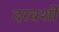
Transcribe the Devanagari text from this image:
दरवर्शी